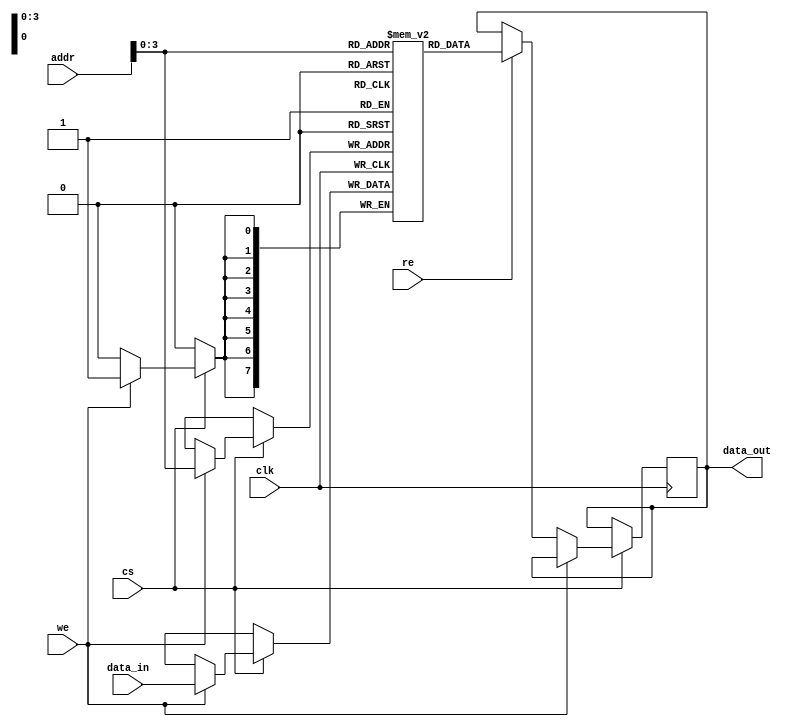
module eSRAM #(
    parameter N = 16, // Number of rows
    parameter M = 8    // Number of columns
)(
    input wire clk,            // Clock signal
    input wire cs,             // Chip Select
    input wire we,             // Write Enable
    input wire re,             // Read Enable
    input wire [N-1:0] addr,   // Address input (N bits for row)
    input wire [M-1:0] data_in, // Data input (M bits)
    output reg [M-1:0] data_out // Data output (M bits)
);

    // Memory array declaration
    reg [M-1:0] memory [0:N-1]; // N rows of M bits each

    // Address decoding and read/write control
    always @(posedge clk) begin
        if (cs) begin
            if (we) begin
                // Write operation
                memory[addr] <= data_in;
            end else if (re) begin
                // Read operation
                data_out <= memory[addr];
            end
        end
    end

endmodule